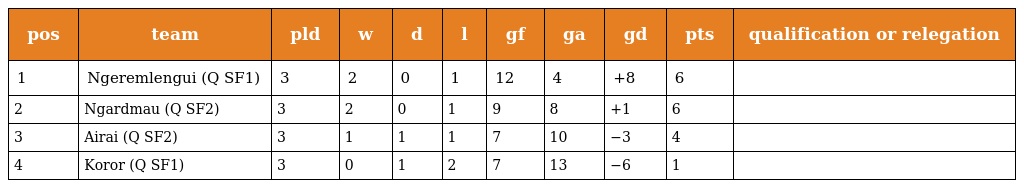
| pos | team | pld | w | d | l | gf | ga | gd | pts | qualification or relegation |
 | --- | --- | --- | --- | --- | --- | --- | --- | --- | --- | --- |
 | 1 | Ngeremlengui (Q SF1) | 3 | 2 | 0 | 1 | 12 | 4 | +8 | 6 |  |
 | 2 | Ngardmau (Q SF2) | 3 | 2 | 0 | 1 | 9 | 8 | +1 | 6 |  |
 | 3 | Airai (Q SF2) | 3 | 1 | 1 | 1 | 7 | 10 | −3 | 4 |  |
 | 4 | Koror (Q SF1) | 3 | 0 | 1 | 2 | 7 | 13 | −6 | 1 |  |